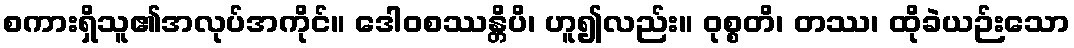
စကားရှိသူ၏အလုပ်အကိုင်။ ဒေါဝစဿန္တိပိ၊ ဟူ၍လည်း။ ဝုစ္စတိ၊ တဿ၊ ထိုခဲယဉ်းသော